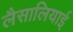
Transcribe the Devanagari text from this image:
लैसालियाई